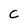
Character: C